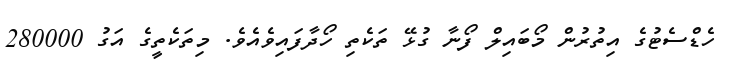
ހެޑްސެޓުގެ އިތުރުން މޯބައިލް ފޯނާ ގުޅޭ ތަކެތި ހޯދާފައިވެއެވެ. މިތަކެތީގެ އަގު 280000